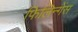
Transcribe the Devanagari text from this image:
फिलिन्गेंस